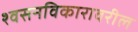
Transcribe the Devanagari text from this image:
श्वसनविकारावरील